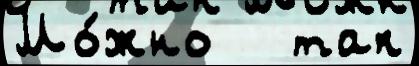
Мо́жно   так